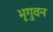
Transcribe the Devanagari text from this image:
भृगुवन